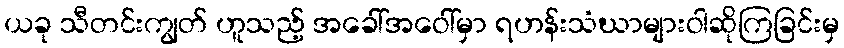
ယခု သီတင်းကျွတ် ဟူသည့် အခေါ်အဝေါ်မှာ ရဟန်းသံဃာများဝါဆိုကြခြင်းမှ